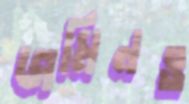
জমিনও